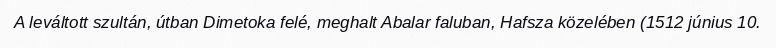
A leváltott szultán, útban Dimetoka felé, meghalt Abalar faluban, Hafsza közelében (1512 június 10.